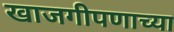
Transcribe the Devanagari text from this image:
खाजगीपणाच्या